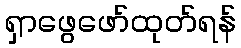
ရှာဖွေဖော်ထုတ်ရန်